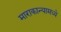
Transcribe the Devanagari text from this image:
माराकान्यामध्ये